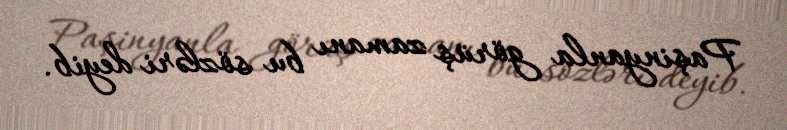
Paşinyanla görüş zamanı bu sözləri deyib.